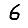
Digit: 6